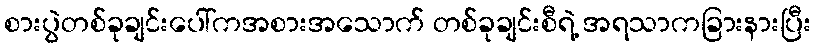
စားပွဲတစ်ခုချင်းပေါ်ကအစားအသောက် တစ်ခုချင်းစီရဲ့ အရသာကခြားနားပြီး